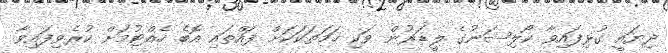
ދިޔައީ ގުޅިފައިވާ ކޯލިޝަނުގެ ލީޑަރުން ވަކި ހަމަތަކަކަށް ފައްތައި އޮބެ ހެއްޓުމަށް ކުރެވިފައިވާ